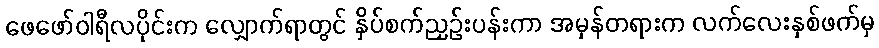
ဖေဖော်ဝါရီလပိုင်းက လျှောက်ရာတွင် နှိပ်စက်ညှဉ်းပန်းကာ အမှန်တရားက လက်လေးနှစ်ဖက်မှ